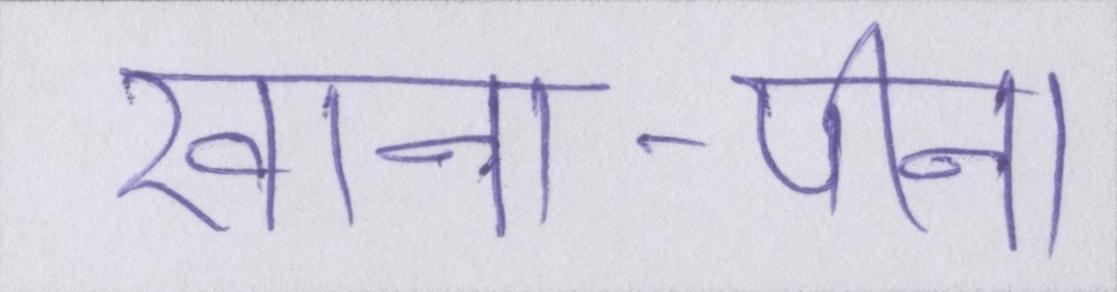
खाना-पीना